Civil Veterinary Dept. Bombay admin report 1893-99 - 1893-1899
Year: 1893
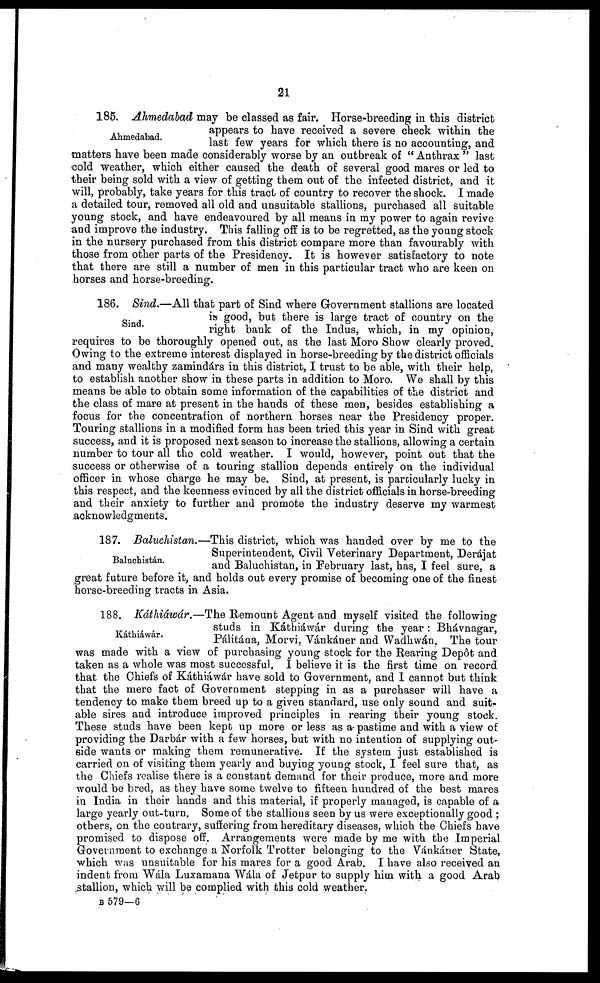
21
Ahmedabad.
185. Ahmedabad may be classed as fair. Horse-breeding in this district
appears to have received a severe check within the
last few years for which there is no accounting, and
matters have been made considerably worse by an outbreak of "Anthrax" last
cold weather, which either caused the death of several good mares or led to
their being sold with a view of getting them out of the infected district, and it
will, probably, take years for this tract of country to recover the shock. I made
a detailed tour, removed all old and unsuitable stallions, purchased all suitable
young stock, and have endeavoured by all means in my power to again revive
and improve the industry. This falling off is to be regretted, as the young stock
in the nursery purchased from this district compare more than favourably with
those from other parts of the Presidency. It is however satisfactory to note
that there are still a number of men in this particular tract who are keen on
horses and horse-breeding.
Sind.
186. Sind.—All that part of Sind where Government stallions are located
is good, but there is large tract of country on the
right bank of the Indus, which, in my opinion,
requires to be thoroughly opened out, as the last Moro Show clearly proved.
Owing to the extreme interest displayed in horse-breeding by the district officials
and many wealthy zamindárs in this district, I trust to be able, with their help,
to establish another show in these parts in addition to Moro. We shall by this
means be able to obtain some information of the capabilities of the district and
the class of mare at present in the hands of these men, besides establishing a
focus for the concentration of northern horses near the Presidency proper.
Touring stallions in a modified form has been tried this year in Sind with great
success, and it is proposed next season to increase the stallions, allowing a certain
number to tour all the cold weather. I would, however, point out that the
success or otherwise of a touring stallion depends entirely on the individual
officer in whose charge he may be. Sind, at present, is particularly lucky in
this respect, and the keenness evinced by all the district officials in horse-breeding
and their anxiety to further and promote the industry deserve my warmest
acknowledgments.
Baluchistan.
187. Baluchistan.—This district, which was handed over by me to the
Superintendent, Civil Veterinary Department, Derájat
and Baluchistan, in February last, has, I feel sure, a
great future before it, and holds out every promise of becoming one of the finest
horse-breeding tracts in Asia.
Káthiáwár.
188. Káthiáwár.—The Remount Agent and myself visited the following
studs in Káthiáwár during the year: Bhávnagar,
Pálitána, Morvi, Vánkáner and Wadhwán. The tour
was made with a view of purchasing young stock for the Rearing Depôt and
taken as a whole was most successful. I believe it is the first time on record
that the Chiefs of Káthiáwár have sold to Government, and I cannot but think
that the mere fact of Government stepping in as a purchaser will have a
tendency to make them breed up to a given standard, use only sound and suit-
able sires and introduce improved principles in rearing their young stock.
These studs have been kept up more or less as a- pastime and with a view of
providing the Darbár with a few horses, but with no intention of supplying out-
side wants or making them remunerative. If the system just established is
carried on of visiting them yearly and buying young stock, I feel sure that, as
the Chiefs realise there is a constant demand for their produce, more and more
would be bred, as they have some twelve to fifteen hundred of the best mares
in India in their hands and this material, if properly managed, is capable of a
large yearly out-turn , Some of the stallions seen by us were exceptionally good ;
others, on the contrary, suffering from hereditary diseases, which the Chiefs have
promised to dispose off. Arrangements were made by me with the Imperial
Government to exchange a Norfolk Trotter belonging to the Vánkáner State,
which was unsuitable for his mares for a good Arab. I have also received an
indent from Wála Luxamana Wála of Jetpur to supply him with a good Arab
stallion, which will be complied with this cold weather.
B 579—6